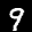
Label: 9